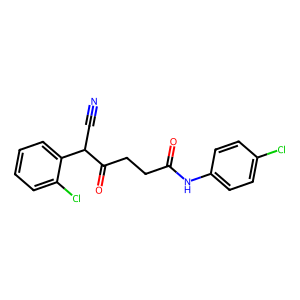
SMILES: N#CC(C(=O)CCC(=O)Nc1ccc(Cl)cc1)c1ccccc1Cl
Inhibits HIV replication: No